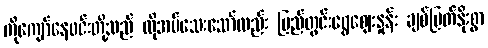
ကိုကျော်နေဝင်းတို့သည် လိုအပ်သေးသော်လည်း ပြည်တွင်းရွှေဈေးနှုန်း ချစ်မြတ်နိုးစွာ